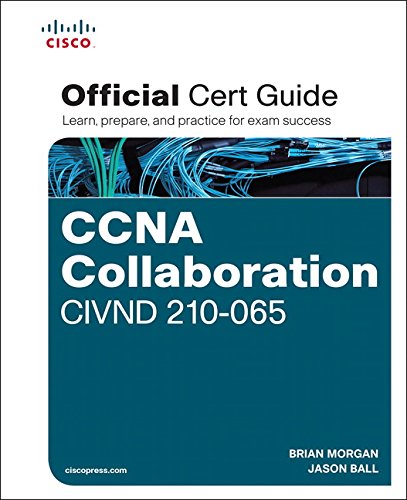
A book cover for CCNA Collaboration CIVND 210-065 Official Cert Guide; Brian Morgan; Computers & Technology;